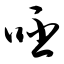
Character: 呸